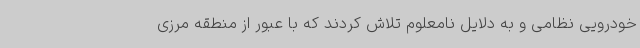
خودرویی نظامی و به دلایل نامعلوم تلاش کردند که با عبور از منطقه مرزی